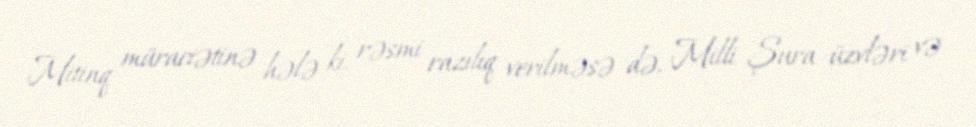
Mitinq müraciətinə hələ ki, rəsmi razılıq verilməsə də, Milli Şura üzvləri və